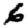
Digit: 6